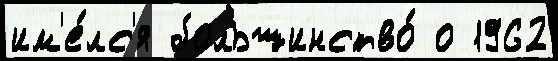
им'е́лс'я большинство́ о 1962